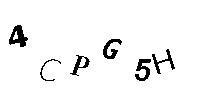
4CPG5H